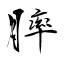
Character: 膟